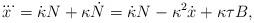
LaTeX: \begin{align*}\dddot{x}=\dot{\kappa}N+\kappa \dot{N}=\dot{\kappa}N-\kappa ^{2}\dot{x} +\kappa \tau B, \end{align*}